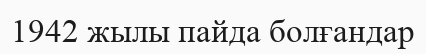
1942 жылы пайда болғандар